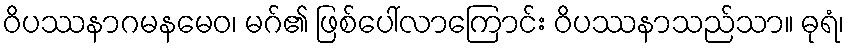
ဝိပဿနာဂမနမေဝ၊ မဂ်၏ ဖြစ်ပေါ်လာကြောင်း ဝိပဿနာသည်သာ။ ဓုရံ၊